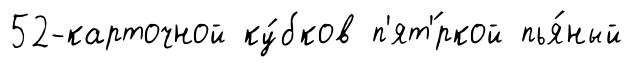
52-карточной ку́бков п'ят'́ркой пья́ный